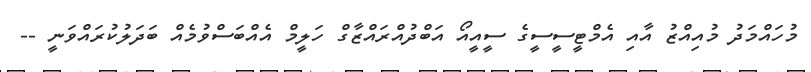
މުހައްމަދު މުއިއްޒު އާއި އެމްޓީސީސީގެ ސީއީއޯ އަބްދުއްރައްޒާގް ހަލީމް އެއްބަސްވުމެއް ބަދަލުކުރައްވަނީ --